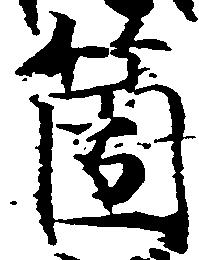
箇